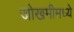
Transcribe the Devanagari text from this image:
जोखमीमध्ये